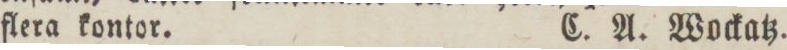
flera kontor.    C. A. Wockatz.